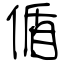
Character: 偱